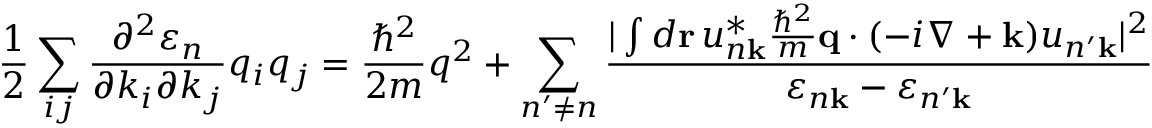
{ \frac { 1 } { 2 } } \sum _ { i j } { \frac { \partial ^ { 2 } \varepsilon _ { n } } { \partial k _ { i } \partial k _ { j } } } q _ { i } q _ { j } = { \frac { \hbar ^ { 2 } } { 2 m } } q ^ { 2 } + \sum _ { n ^ { \prime } \neq n } { \frac { | \int d \mathbf { r } \, u _ { n \mathbf { k } } ^ { * } { \frac { \hbar ^ { 2 } } { m } } \mathbf { q } \cdot ( - i \nabla + \mathbf { k } ) u _ { n ^ { \prime } \mathbf { k } } | ^ { 2 } } { \varepsilon _ { n \mathbf { k } } - \varepsilon _ { n ^ { \prime } \mathbf { k } } } }